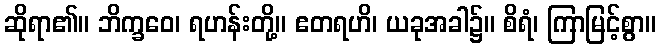
ဆိုရာ၏။ ဘိက္ခဝေ၊ ရဟန်းတို့။ ဧတရဟိ၊ ယခုအခါ၌။ စိရံ၊ ကြာမြင့်စွာ။